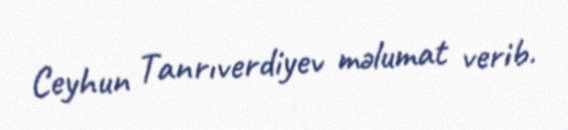
Ceyhun Tanrıverdiyev məlumat verib.